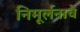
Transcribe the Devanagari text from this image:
निमूर्लनाचे